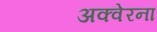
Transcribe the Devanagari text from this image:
अक्वेरना